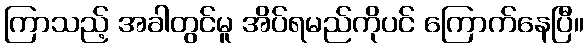
ကြာသည့် အခါတွင်မူ အိပ်ရမည်ကိုပင် ကြောက်နေပြီ။